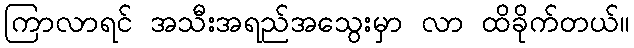
ကြာလာရင် အသီးအရည်အသွေးမှာ လာ ထိခိုက်တယ်။